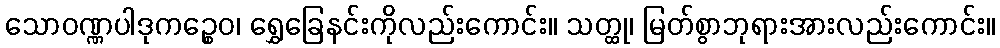
သောဝဏ္ဏပါဒုကဉ္စေဝ၊ ရွှေခြေနင်းကိုလည်းကောင်း။ သတ္ထု၊ မြတ်စွာဘုရားအားလည်းကောင်း။